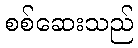
စစ်ဆေးသည်